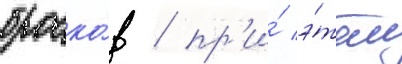
броско́в / пр'и́ э́том